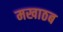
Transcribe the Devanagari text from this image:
मखाठब